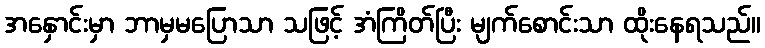
အနှောင်းမှာ ဘာမှမပြောသာ သဖြင့် အံကြိတ်ပြီး မျက်စောင်းသာ ထိုးနေရသည်။